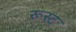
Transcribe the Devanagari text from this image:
रूस्ट